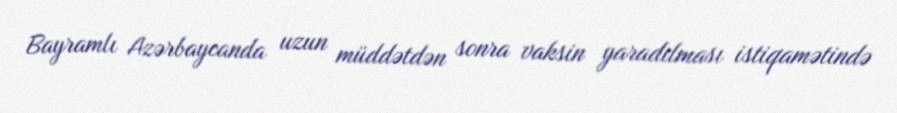
Bayramlı Azərbaycanda uzun müddətdən sonra vaksin yaradılması istiqamətində